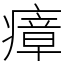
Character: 瘴